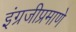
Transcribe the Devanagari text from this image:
इंग्रजीप्रमाणे